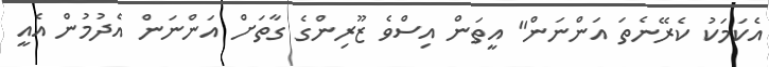
އެކަމަކު ކެރޭނެތަ އަންނަން" އީތަން އިސްވެ ޒޫރިންގެ ގާތަށް އަންނަން އެދުމުން އެއީ